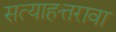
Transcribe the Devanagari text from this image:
सत्याहत्तरावा